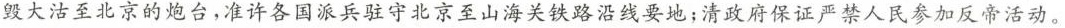
毁大沽至北京的炮台，准许各国派兵驻守北京至山海关铁路沿线要地；清政府保证严禁人民参加反帝活动。